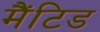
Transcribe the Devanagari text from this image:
मैंटिड